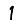
Digit: 1